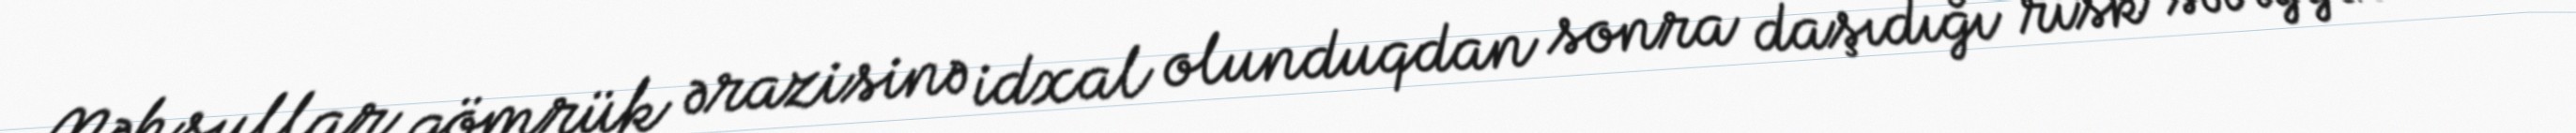
Məhsullar gömrük ərazisinə idxal olunduqdan sonra daşıdığı risk səviyyəsinə